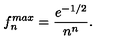
f _ { n } ^ { m a x } = { \frac { e ^ { - { 1 / 2 } } } { n ^ { n } } } .